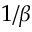
1 / \beta